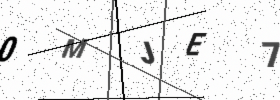
Text: 0MJE7